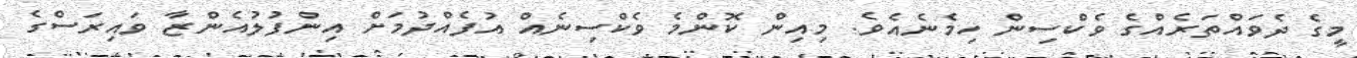
މީގެ ދެވައްތަރެއްގެ ވެކްސިން ހިމެނެއެވެ. މިއިން ކޮންމެ ވެކްސިނެއް އުފެއްދުމަށް އިންފުލުއެންޒާ ވައިރަސްގެ